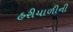
હરીયાળીની